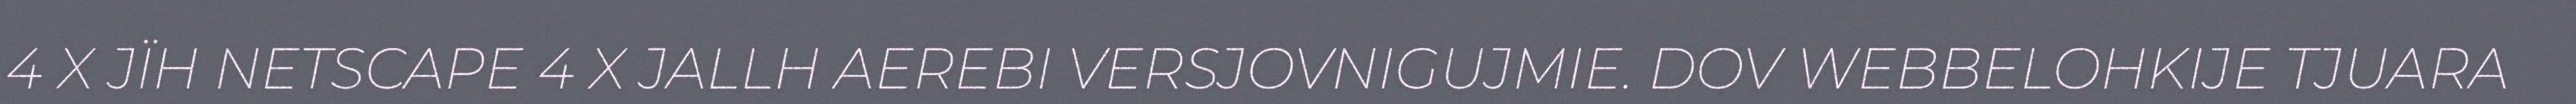
4 X JÏH NETSCAPE 4 X JALLH AEREBI VERSJOVNIGUJMIE. DOV WEBBELOHKIJE TJUARA